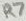
Text: R7